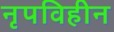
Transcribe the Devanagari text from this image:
नृपविहीन